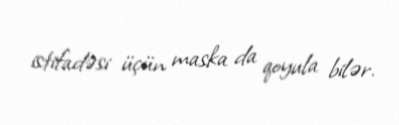
istifadəsi üçün maska da qoyula bilər.